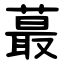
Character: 蕞